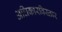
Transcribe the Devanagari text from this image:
अधिकारविस्तार